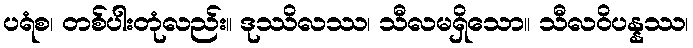
ပရံစ၊ တစ်ပါးတုံလည်း။ ဒုဿိလဿ၊ သီလမရှိသော။ သီလဝိပန္နဿ၊